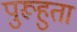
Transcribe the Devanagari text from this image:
पुरूहुता